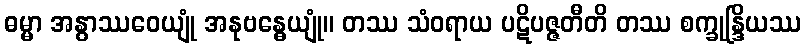
ဓမ္မာ အနွာဿဝေယျုံ အနုဗန္ဓေယျုံ။ တဿ သံဝရာယ ပဋိပဇ္ဇတီတိ တဿ စက္ခုန္ဒြိယဿ